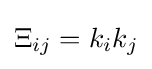
\Xi _{ij}=k_{i}k_{j}